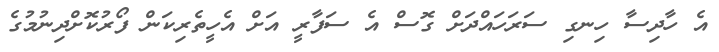
އެ ހާދިސާ ހިނގި ސަރަހައްދަށް ގޮސް އެ ސަފާރީ އަށް އެހީތެރިކަން ފޯރުކޮށްދިނުމުގެ